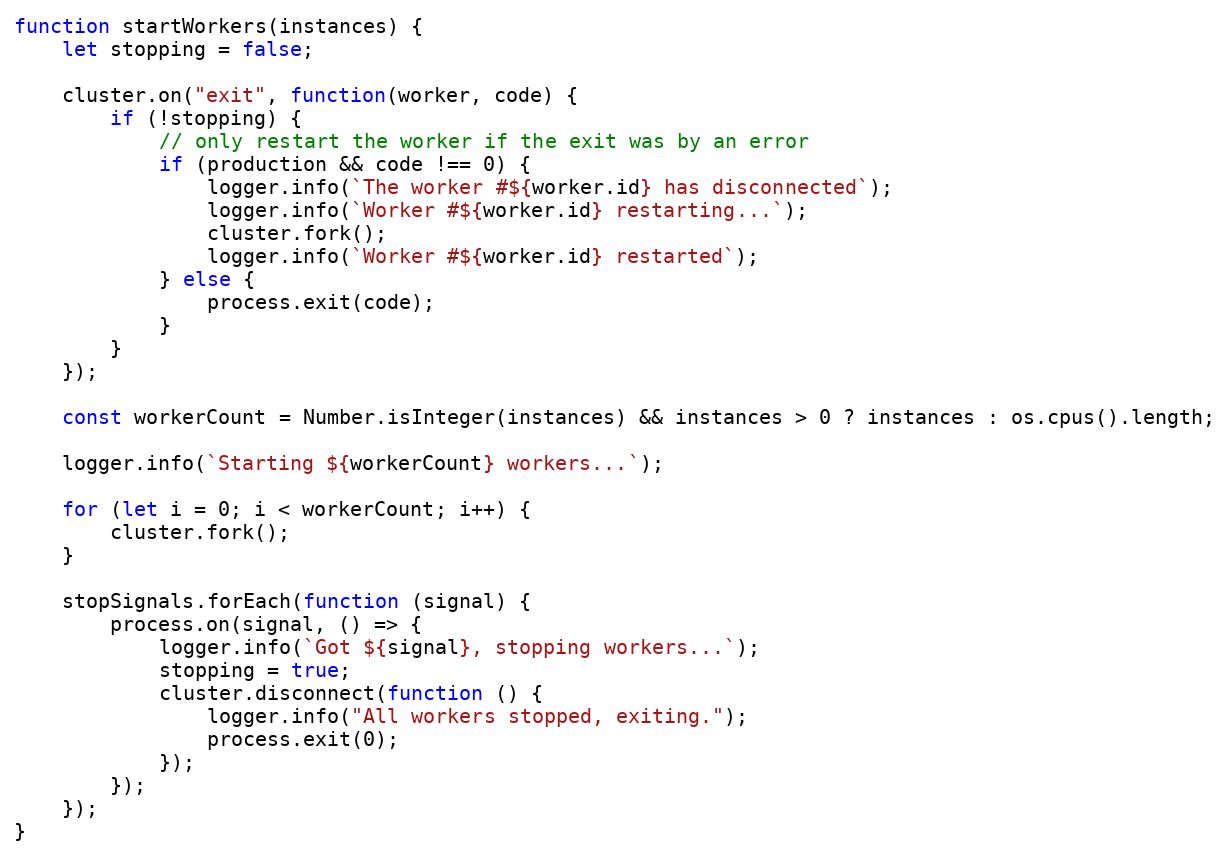
Language: JavaScript
function startWorkers(instances) {
	let stopping = false;

	cluster.on("exit", function(worker, code) {
		if (!stopping) {
			// only restart the worker if the exit was by an error
			if (production && code !== 0) {
				logger.info(`The worker #${worker.id} has disconnected`);
				logger.info(`Worker #${worker.id} restarting...`);
				cluster.fork();
				logger.info(`Worker #${worker.id} restarted`);
			} else {
				process.exit(code);
			}
		}
	});

	const workerCount = Number.isInteger(instances) && instances > 0 ? instances : os.cpus().length;

	logger.info(`Starting ${workerCount} workers...`);

	for (let i = 0; i < workerCount; i++) {
		cluster.fork();
	}

	stopSignals.forEach(function (signal) {
		process.on(signal, () => {
			logger.info(`Got ${signal}, stopping workers...`);
			stopping = true;
			cluster.disconnect(function () {
				logger.info("All workers stopped, exiting.");
				process.exit(0);
			});
		});
	});
}